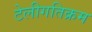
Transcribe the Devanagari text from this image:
टेलीगतिक्रम